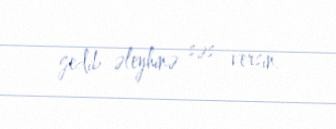
gedib əleyhinə səs versin.